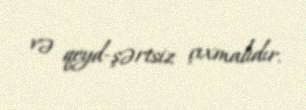
və qeyd-şərtsiz çıxmalıdır.